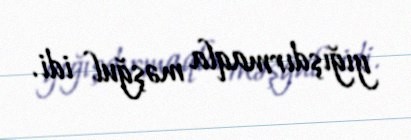
yığışdırmaqla məşğul idi.